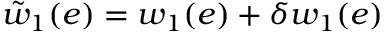
\tilde { w } _ { 1 } ( e ) = w _ { 1 } ( e ) + \delta w _ { 1 } ( e )